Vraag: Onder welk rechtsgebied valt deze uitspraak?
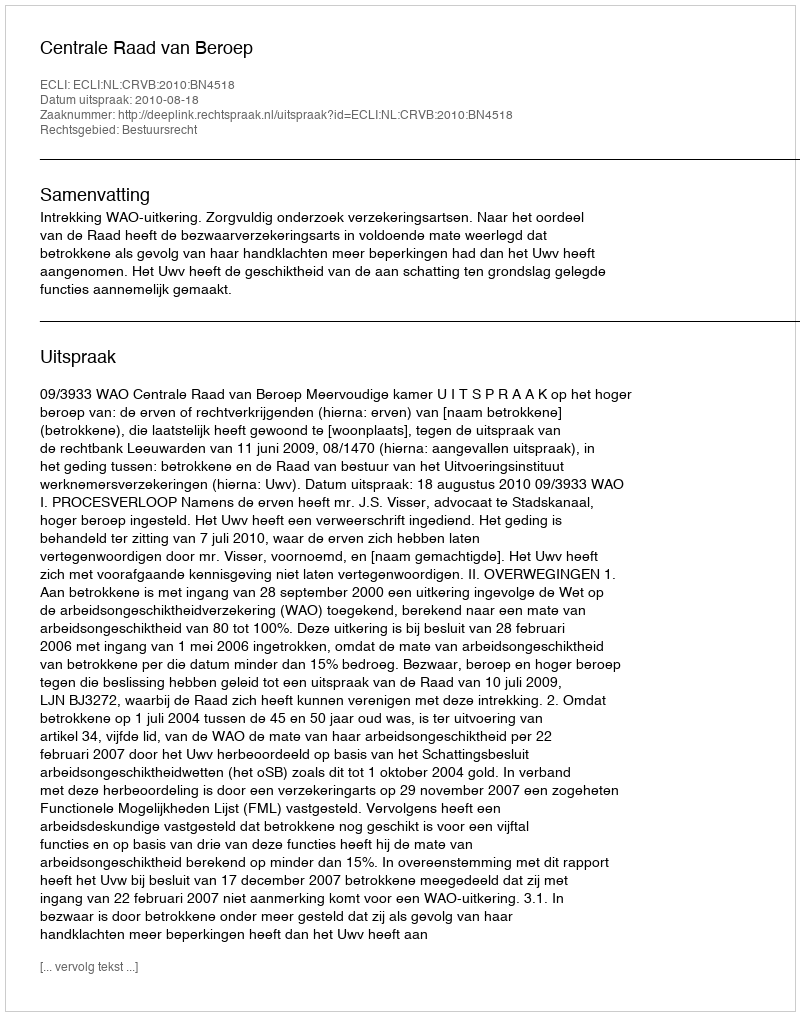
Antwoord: Bestuursrecht